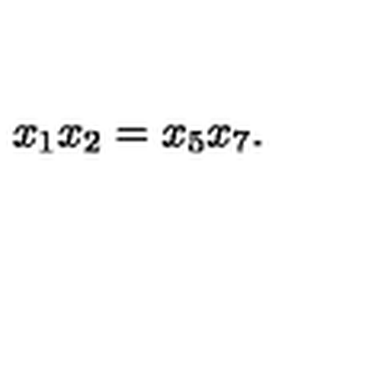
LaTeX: x _ { 1 } x _ { 2 } = x _ { 5 } x _ { 7 } .